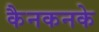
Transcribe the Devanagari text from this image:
कैनकनके